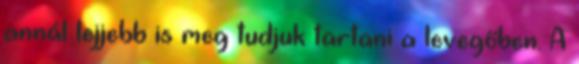
annál lejjebb is meg tudjuk tartani a levegőben. A